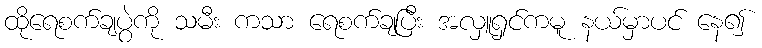
ထိုရေစက်ချပွဲကို သမီး ကသာ ရေစက်ချပြီး အလှူရှင်ကမူ နယ်မှာပင် နေ၍